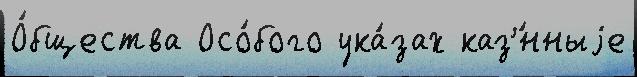
О́бщества Осо́бого ука́зах каз'́нныjе